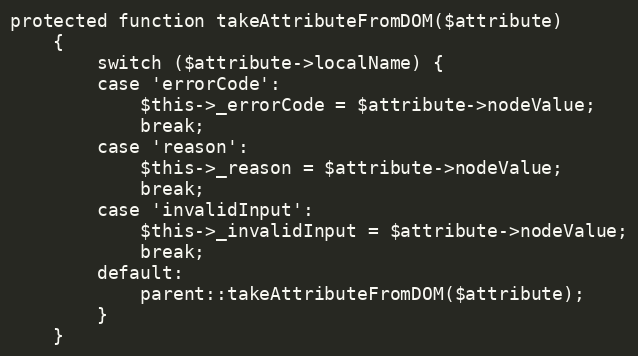
Language: PHP
protected function takeAttributeFromDOM($attribute)
    {
        switch ($attribute->localName) {
        case 'errorCode':
            $this->_errorCode = $attribute->nodeValue;
            break;
        case 'reason':
            $this->_reason = $attribute->nodeValue;
            break;
        case 'invalidInput':
            $this->_invalidInput = $attribute->nodeValue;
            break;
        default:
            parent::takeAttributeFromDOM($attribute);
        }
    }